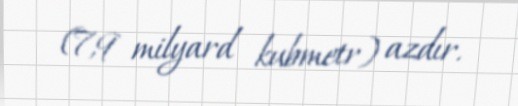
(7,9 milyard kubmetr) azdır.